Civil Veterinary Department Bihar & Orissa reports 1922-29 - 1922-1929
Year: 1922
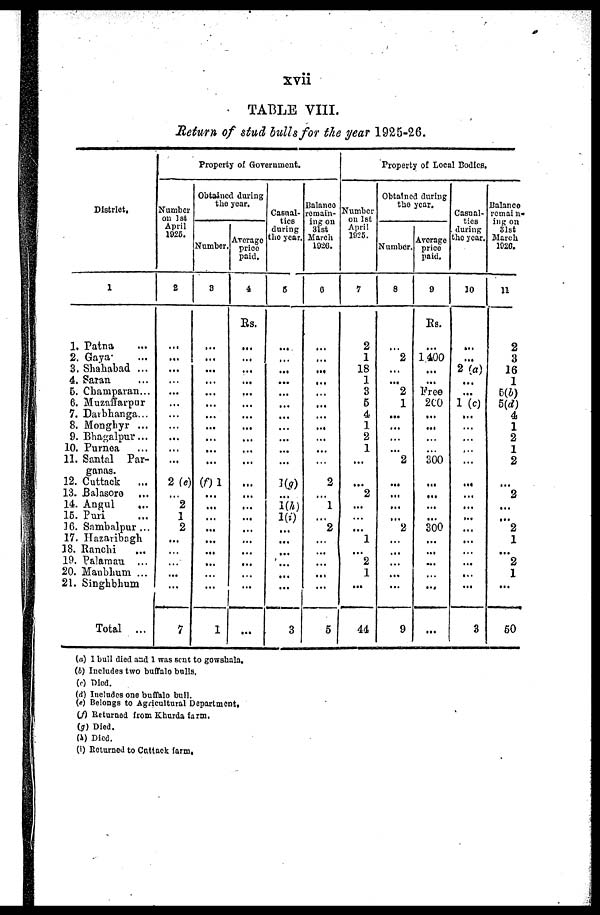
xvii
TABLE VIII.
Return of stud bulls for the year 1925-26.
District,
1
1. Patna
2. Gaya-
3. Shahabad ...
4. Saran
5. Champaran...
6. Muzaffarpur
7. Davbhanga...
8. Monghyr ...
9. Bhagalpur...
10. Purnea
11. Santal
Par-
ganas.
12. Cuttack
...
13. Balasoro
14. Angul
,..
15. Puri
]6. Sambalpur ...
17. Hazaribagh
18. Ranchi
19. Palamau ...
20. Manbhum ...
21. Singhbhum
Total
...
Property of Government.
Number
on 1st
April
1925.
2
...
...
...
...
...
...
...
...
...
...
...
2 (e)
2
1
2
...
...
7
Obtained during
the year.
Number.
3
...
...
...
...
...
...
...
...
...
...
...
...
(f)1
1
Average
price
paid.
4
Rs.
...
...
...
...
...
...
...
...
...
...
...
...
...
...
...
...
...
...
...
...
Casual-
ties
during
the year.
5
...
...
...
...
...
...
...
...
...
...
...
...
1(g)
1(h)
1(i)
...
...
3
Balance
remain-
ing on
31st
March
1926.
6
...
...
...
...
...
...
...
...
...
...
...
...
2
...
1
...
2
...
...
...
...
...
5
Property of Local Bodies.
Number
on 1st
April
1925.
7
2
1
18
1
3
6
4
1
2
1
...
...
2
...
...
1
,„
2
1
...
44
Obtained during
the year.
Number.
8
..
2
...
...
2
1
...
...
...
...
2
...
...
...
...
2
...
...
...
...
...
9
Average
price
paid.
9
Rs.
...
1.400
...
...
Free
2C0
...
...
...
300
...
...
...
...
300
...
...
...
...
...
Casual-
ties
during
the year.
10
...
...
2 (a)
...
...
1 (c)
...
...
...
...
...
...
...
...
...
...
...
...
...
...
...
3
Balance
remain-
ing on
31st
March
1926.
11
2
3
16
1
5(b)
5(d)
4
1
2
1
2
...
2
...
...
2
1
...
2
1
...
60
(a) 1 bull died and 1 was sent to gowshala,
(J) Includes two buffalo bulls.
(c) Died.
(d) Includes one buffalo bull.
(e) Belongs to Agricultural Department.
(f) Returned from Khurda farm,
(g) Died.
(h) Died.
(i) Returned to Cuttack farm.